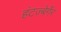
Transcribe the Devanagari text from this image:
हंटज्बेर्गेर